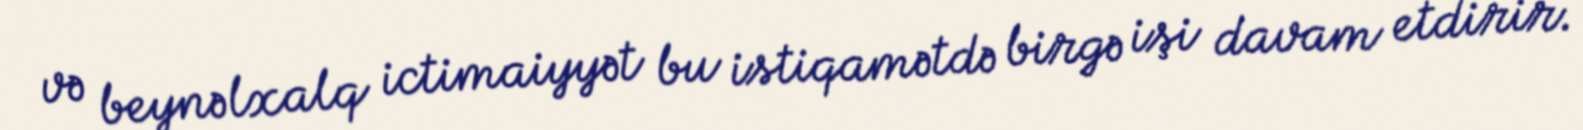
və beynəlxalq ictimaiyyət bu istiqamətdə birgə işi davam etdirir.